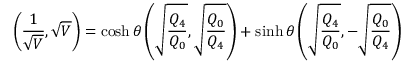
\left( { \frac { 1 } { \sqrt { V } } } , \sqrt { V } \right) = \cosh \theta \left( \sqrt { \frac { Q _ { 4 } } { Q _ { 0 } } } , \sqrt { \frac { Q _ { 0 } } { Q _ { 4 } } } \right) + \sinh \theta \left( \sqrt { \frac { Q _ { 4 } } { Q _ { 0 } } } , - \sqrt { \frac { Q _ { 0 } } { Q _ { 4 } } } \right)